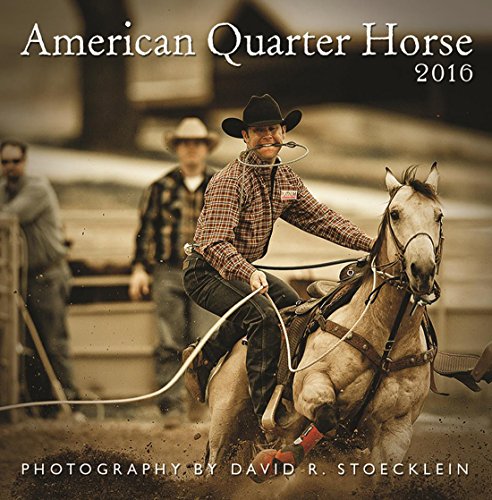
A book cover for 2016 American Quarter Horse Wall Calendar; David R. Stoecklein; Calendars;